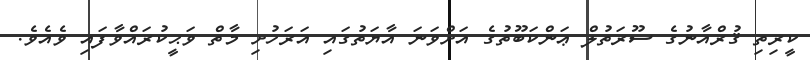
ކީރިތި ޤުރްއާނުގެ ސޫރަތުލް ޢަންކަބޫތުގެ އަށްވަނަ އާޔަތުގައި އަރަހުށި މާތް ވަޙީކުރައްވާފައި ވެއެވެ.